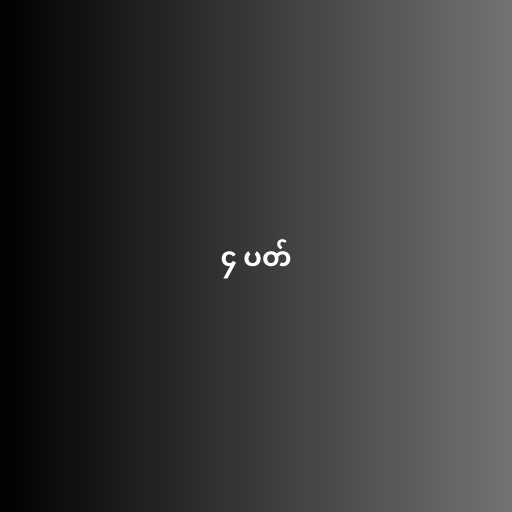
၄ ပတ်